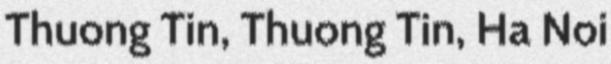
Thuong Tin, Thuong Tin, Ha Noi